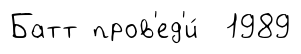
Батт пров'ед'и́ 1989